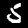
Digit: 5